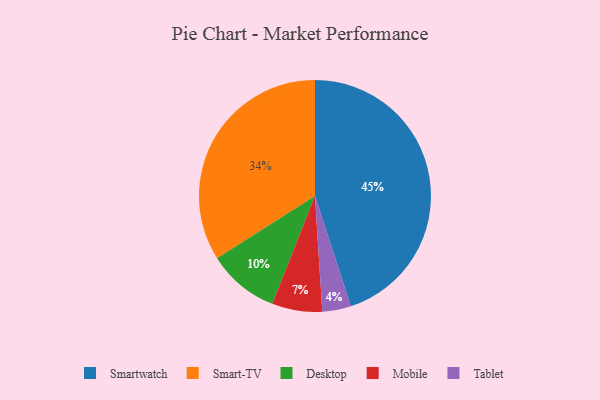
{"axis": {"x": "Category", "y": "Percentage"}, "legend": ["Desktop", "Mobile", "Smart-TV", "Smartwatch", "Tablet"], "data": [{"x": "Desktop", "y": 10, "type": "Desktop"}, {"x": "Smart-TV", "y": 34, "type": "Smart-TV"}, {"x": "Mobile", "y": 7, "type": "Mobile"}, {"x": "Smartwatch", "y": 45, "type": "Smartwatch"}, {"x": "Tablet", "y": 4, "type": "Tablet"}]}